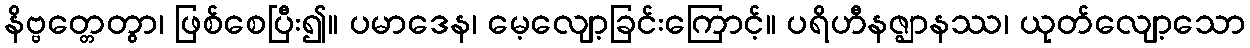
နိဗ္ဗတ္တေတွာ၊ ဖြစ်စေပြီး၍။ ပမာဒေန၊ မေ့လျော့ခြင်းကြောင့်။ ပရိဟီနဇ္ဈာနဿ၊ ယုတ်လျော့သော